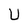
Character: U